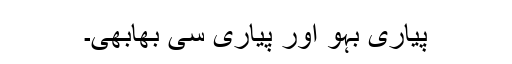
پیاری بہو اور پیاری سی بھابھی۔